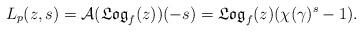
LaTeX: \begin{align*}L_p(z,s)=\mathcal A (\frak{Log}_{f}(z))(-s)=\frak{Log}_{f}(z)(\chi (\gamma)^s-1). \end{align*}